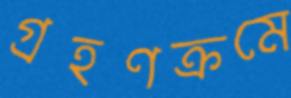
গ্রহণক্রমে